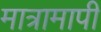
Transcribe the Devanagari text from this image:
मात्रामापी